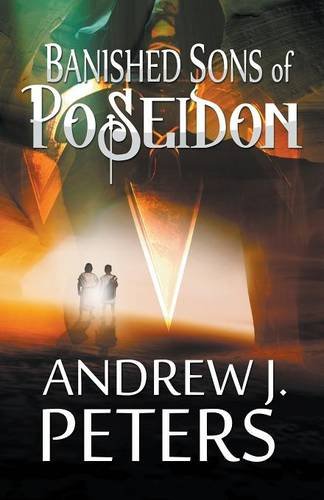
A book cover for Banished Sons Of Poseidon; Andrew J. Peters; Teen & Young Adult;